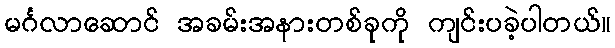
မင်္ဂလာဆောင် အခမ်းအနားတစ်ခုကို ကျင်းပခဲ့ပါတယ်။